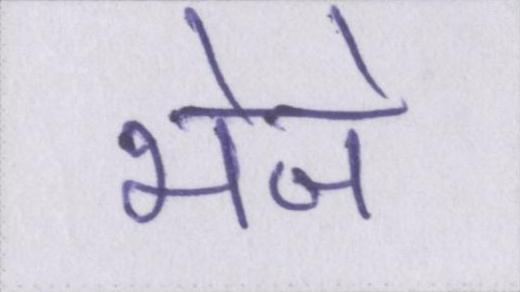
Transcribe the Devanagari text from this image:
भेजे